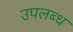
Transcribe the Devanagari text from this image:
उपलब्ध